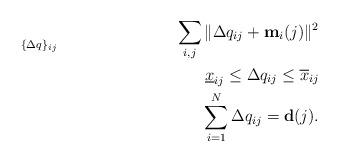
LaTeX: \begin{align*}&\underset{\{\Delta q\}_{ij}}{} & \sum_{i,j}\|\Delta q_{ij} + \mathbf{m}_{i}(j)\|^2 \\& & \underline{x}_{ij} \leq \Delta q_{ij} \leq \overline{x}_{ij} \\& & \sum_{i = 1}^N \Delta q_{ij} = \mathbf{d}(j). \end{align*}